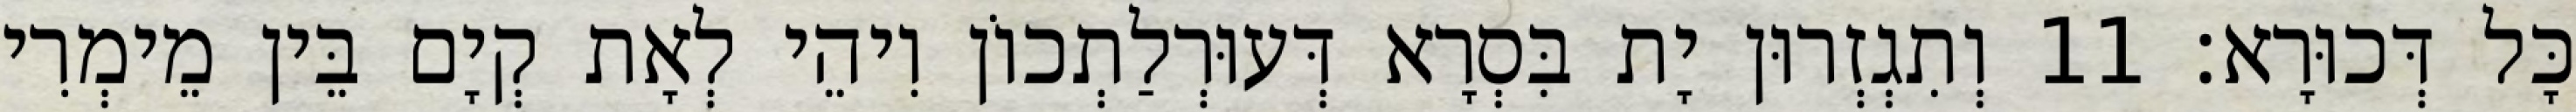
כָּל דְּכוּרָא׃ 11 וְתִגְזְרוּן יָת בִּסְרָא דְּעוּרְלַתְכוֹן וִיהֵי לְאָת קְיָם בֵּין מֵימְרִי